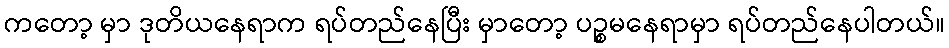
ကတော့ မှာ ဒုတိယနေရာက ရပ်တည်နေပြီး မှာတော့ ပဉ္စမနေရာမှာ ရပ်တည်နေပါတယ်။